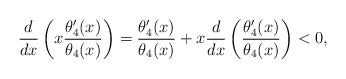
LaTeX: \begin{align*}\frac{d}{dx} \left( x \frac{\theta_4'(x)}{\theta_4(x)} \right) = \frac{\theta_4'(x)}{\theta_4(x)} + x \frac{d}{dx} \left( \frac{\theta_4'(x)}{\theta_4(x)} \right) < 0,\end{align*}